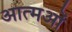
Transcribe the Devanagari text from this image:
आत्मओं